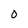
Character: 0